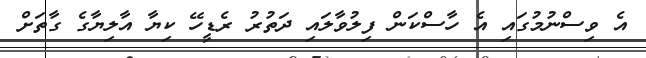
އެ ވިސްނުމުގައި އެ ހާސްކަން ފިލުވާލައި ދަތުރު ރެޑީހޭ ކިޔާ އާލިޔާގެ ގާތަށް